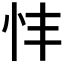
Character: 𢗒